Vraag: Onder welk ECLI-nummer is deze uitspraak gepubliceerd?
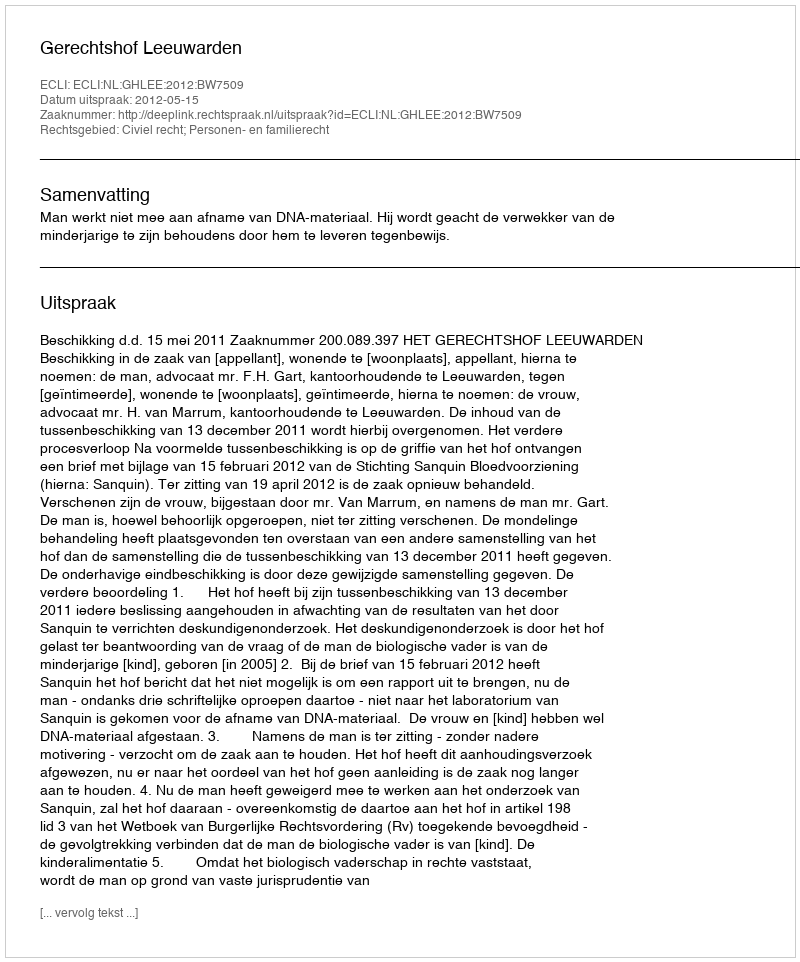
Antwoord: ECLI:NL:GHLEE:2012:BW7509